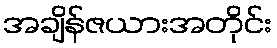
အချိန်ဇယားအတိုင်း